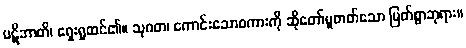
ပဋိဘာတိ၊ ရှေးရှုထင်၏။ သုဂတ၊ ကောင်းသောစကားကို ဆိုတော်မူတတ်သော မြတ်စွာဘုရား။